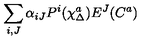
\sum _ { i , J } \alpha _ { i J } P ^ { i } ( \chi _ { \Delta } ^ { a } ) E ^ { J } ( C ^ { a } )